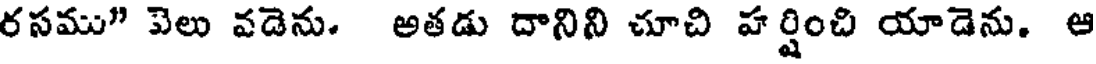
రసము" పెలు వడెను. అతడు దానిని చూచి హర్షించి యాడెను. ఆ